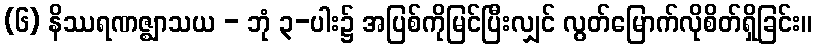
(၆) နိဿရဏဇ္ဈာသယ - ဘုံ ၃-ပါး၌ အပြစ်ကိုမြင်ပြီးလျှင် လွတ်မြောက်လိုစိတ်ရှိခြင်း။